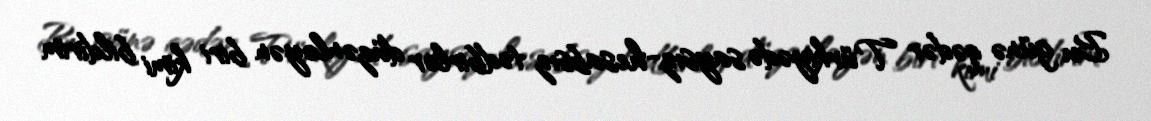
Bu günə qədər Türkiyədə saysız-hesabsız tədbirlər düzənləyən biri kimi bildirim